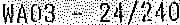
WA03 - 24/240